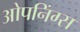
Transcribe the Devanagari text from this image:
ओपनिंग्स